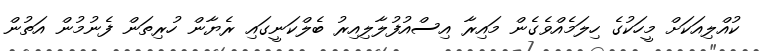
ކުއްލިއަކަށް މީހަކުގެ ހިލަމެއްވެގެން މައިރާ އިސްއުފުލާލިއިރު ބެލްކަނީގައި ރެޔާން ހުރިތަން ފެނުމުން އަތުން